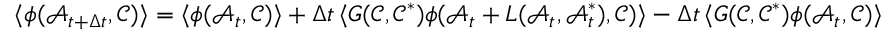
\langle \phi ( \mathcal { A } _ { t + \Delta t } , \mathcal { C } ) \rangle = \langle \phi ( \mathcal { A } _ { t } , \mathcal { C } ) \rangle + \Delta t \, \langle G ( \mathcal { C } , \mathcal { C } ^ { * } ) \phi ( \mathcal { A } _ { t } + L ( \mathcal { A } _ { t } , \mathcal { A } _ { t } ^ { * } ) , \mathcal { C } ) \rangle - \Delta t \, \langle G ( \mathcal { C } , \mathcal { C } ^ { * } ) \phi ( \mathcal { A } _ { t } , \mathcal { C } ) \rangle